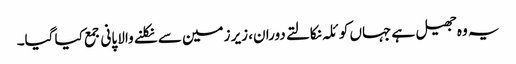
یہ وہ جھیل ہے جہاں کوئلہ نکالتے دوران، زیر زمین سے نکلنے والا پانی جمع کیا گیا۔